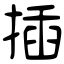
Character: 插